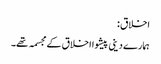
اخلاق :
ہمارے دینی پیشوا اخلاق کے مجسمہ تھے۔